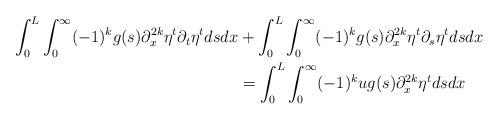
LaTeX: \begin{align*}\int_{0}^{L} \int_{0}^{\infty}(-1)^{k} g(s) \partial_{x}^{2 k} \eta^{t} \partial_{t} \eta^{t} d s d x&+\int_{0}^{L} \int_{0}^{\infty}(-1)^{k} g(s) \partial_{x}^{2 k} \eta^{t} \partial_{s} \eta^{t} d s d x\\&=\int_{0}^{L} \int_{0}^{\infty} (-1)^{k}u g(s) \partial_{x}^{2 k} \eta^{t} d s d x\end{align*}